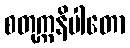
စတုက္ကနိပါတော